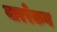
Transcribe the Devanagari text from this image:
बाररेकब